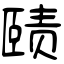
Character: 赜